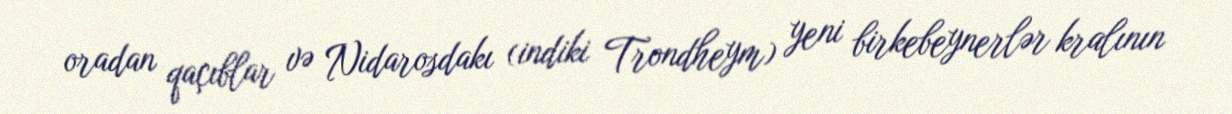
oradan qaçıblar və Nidarosdakı (indiki Trondheym) yeni birkebeynerlər kralının